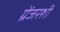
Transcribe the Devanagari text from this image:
ग्रेंजरशी